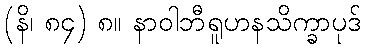
(နိ၊ ၈၄) ၈။ နာဝါဘီရူဟနသိက္ခာပုဒ်